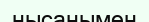
нысанымен